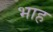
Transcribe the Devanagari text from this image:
भाह